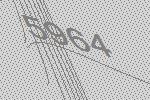
5964